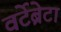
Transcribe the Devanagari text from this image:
वर्टेब्रेटा